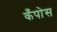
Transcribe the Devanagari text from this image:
कँपोस